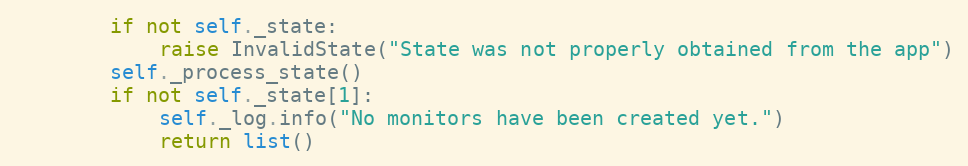
Language: Python
        if not self._state:
            raise InvalidState("State was not properly obtained from the app")
        self._process_state()
        if not self._state[1]:
            self._log.info("No monitors have been created yet.")
            return list()